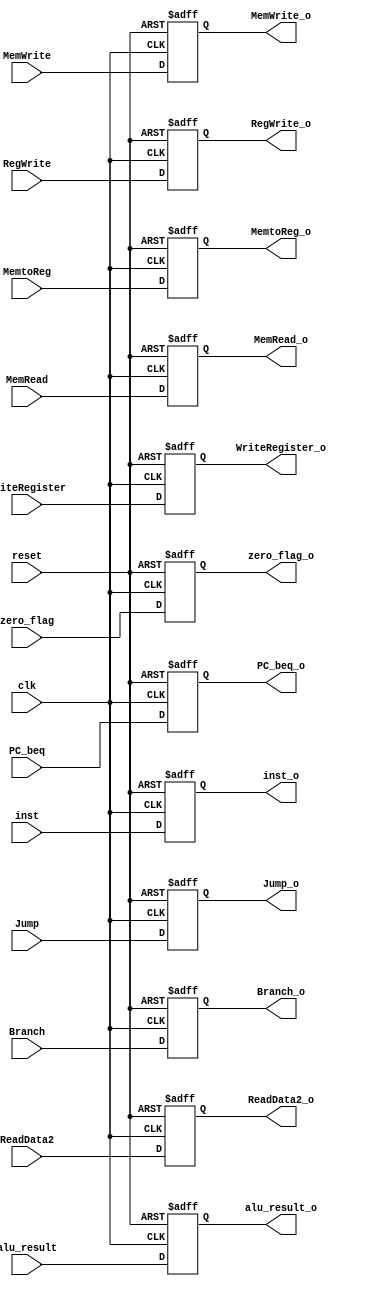
module EX_MEM(
    input clk, reset,
    input [1:0] MemtoReg,  
    input Jump, Branch, MemRead, MemWrite, RegWrite,
    input [31:0] PC_beq, alu_result, ReadData2, 
    input zero_flag,
    input [4:0] WriteRegister,
    input [31:0] inst,
    output reg [1:0] MemtoReg_o,  
    output reg Jump_o, Branch_o, MemRead_o, MemWrite_o, RegWrite_o,
    output reg [31:0] PC_beq_o, alu_result_o, ReadData2_o, 
    output reg zero_flag_o,
    output reg [4:0] WriteRegister_o,
    output reg [31:0] inst_o
);

always @(posedge clk or posedge reset) begin
    if (reset) begin
        MemtoReg_o <= 2'b00;
        Jump_o <= 1'b0;
        Branch_o <= 1'b0;
        MemRead_o <= 1'b0;
        MemWrite_o <= 1'b0;
        RegWrite_o <= 1'b0;
        PC_beq_o <= 32'd0;
        alu_result_o <= 32'd0;
        ReadData2_o <= 32'd0;
        zero_flag_o <= 1'b0;
        WriteRegister_o <= 5'd0;
        inst_o <= 32'd0;
    end 
    else begin
        MemtoReg_o <= MemtoReg;
        Jump_o <= Jump;
        Branch_o <= Branch;
        MemRead_o <= MemRead;
        MemWrite_o <= MemWrite;
        RegWrite_o <= RegWrite;
        PC_beq_o <= PC_beq;
        alu_result_o <= alu_result;
        ReadData2_o <= ReadData2;
        zero_flag_o <= zero_flag;
        WriteRegister_o <= WriteRegister;
        inst_o <= inst;
    end
end

endmodule